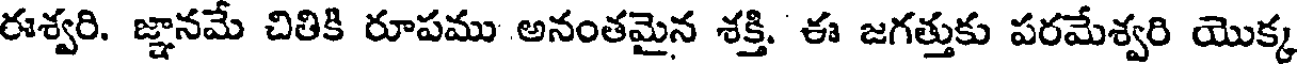
ఈశ్వరి. జ్ఞానమే చితికి రూపము అనంతమైన శక్తి. ఈ జగత్తుకు పరమేశ్వరి యొక్క